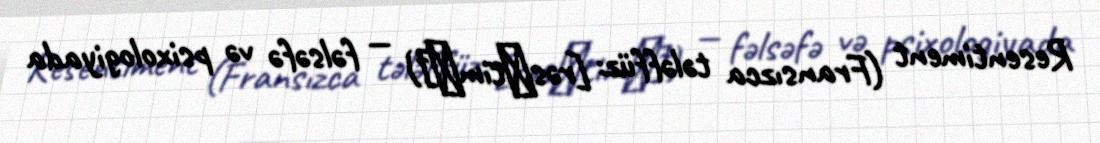
Resentiment (Fransızca tələffüz: [rəsɑ̃timɑ̃]) — fəlsəfə və psixologiyada